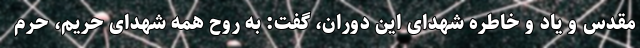
مقدس و یاد و خاطره شهدای این دوران، گفت: به روح همه شهدای حریم، حرم